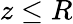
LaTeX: z\leq R